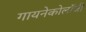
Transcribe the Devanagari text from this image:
गायनेकोलॉजी